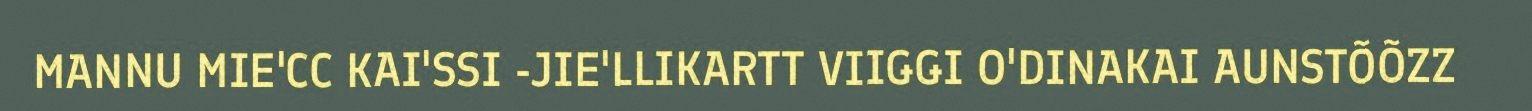
MANNU MIE'CC KAI'SSI -JIE'LLIKARTT VIIǤǤI O'DINAKAI AUNSTÕÕZZ